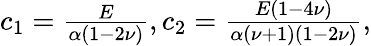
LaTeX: \begin{array}{r}{c_{1}=\frac{E}{\alpha(1-2\nu)},c_{2}=\frac{E(1-4\nu)}{\alpha(\nu+1)(1-2\nu)},}\end{array}